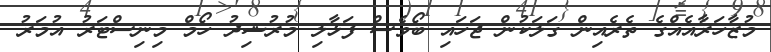
މުޒާހަރާއެއްގެ ތެރެއިން ގަލަކުން ޖަހައި ބޯވެސް ފަޅާލި މުރުޝިދު ހޯމް މިނިސްޓަރު އުމަރު